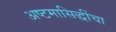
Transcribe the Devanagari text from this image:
अष्टमासिद्धींचा